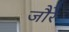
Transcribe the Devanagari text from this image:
जौरे